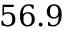
5 6 . 9